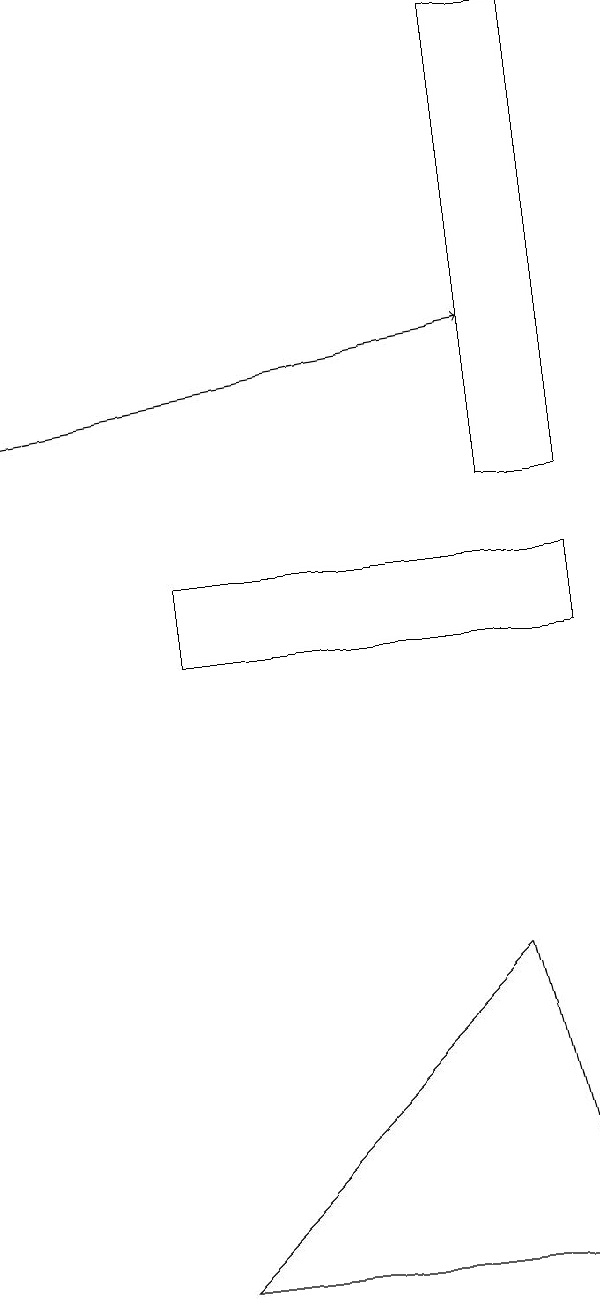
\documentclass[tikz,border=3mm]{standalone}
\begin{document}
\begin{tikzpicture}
\draw (3,11) rectangle (8,12);
\draw[->] (1,14) -- (7,15);
\draw (8,3) -- (7,7) -- (3,3) -- cycle;
\draw (8,13) rectangle (7,19);
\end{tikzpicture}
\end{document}